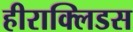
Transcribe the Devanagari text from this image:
हीराक्लिडस